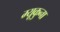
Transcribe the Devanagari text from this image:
म्यूकुना